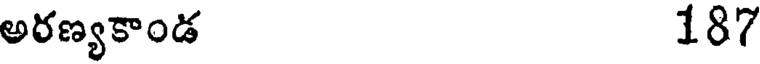
అరణ్యకాండ 187